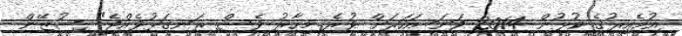
އުމެއިރުގެ ކުޅުން 2014 ވަނަ އަހަރަށް ވުރެ މިހާރު ވެސް ރަނގަޅުވެއްޖެ" ސުޒޭން